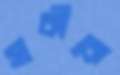
সাকীকে